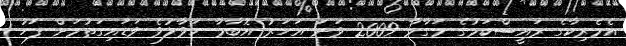
އެމެރިކާގެ ރައީސްކަމުގެ މަގާމާ 2009 ވަނަ އަހަރު އޮބާމާ ހަވާލުވެ ވަޑައިގަތުމަށް ފަހު